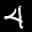
Label: 4